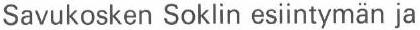
Savukosken Soklin esiintymän ja